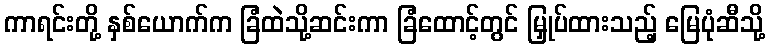
ကာရင်းတို့ နှစ်ယောက်က ခြံထဲသို့ဆင်းကာ ခြံထောင့်တွင် မြှုပ်ထားသည့် မြေပုံဆီသို့